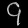
Digit: ၄